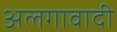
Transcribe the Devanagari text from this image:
अलगावादी